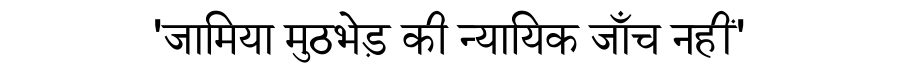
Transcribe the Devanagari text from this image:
'जामिया मुठभेड़ की न्यायिक जाँच नहीं'